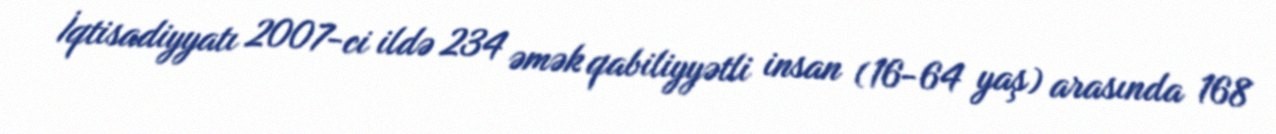
İqtisadiyyatı 2007-ci ildə 234 əmək qabiliyyətli insan (16-64 yaş) arasında 168